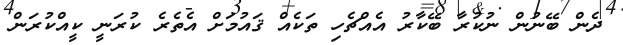
ދެން ބޭނުން ނުކުރާ ބޭކާރު އެއްޗެހި ތަކެއް ޤައުމަށް އެތެރެ ކުރަނީ ކީއްކުރަން